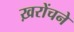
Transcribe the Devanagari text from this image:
ख़रोंचने